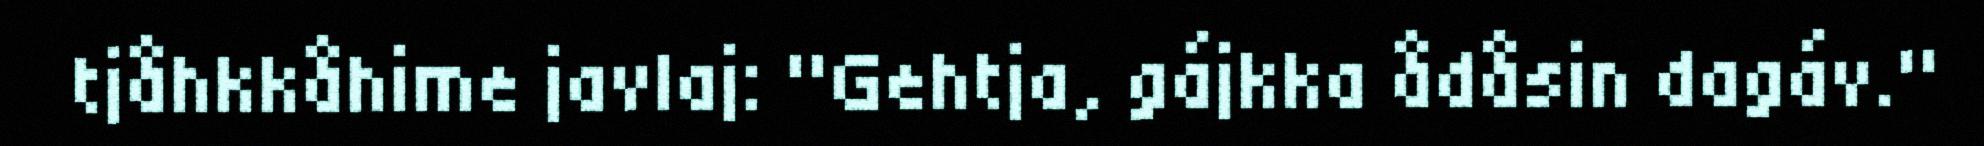
tjåhkkåhime javlaj: "Gehtja, gájkka ådåsin dagáv."